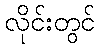
လိုင်းတွင်